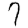
Digit: 7